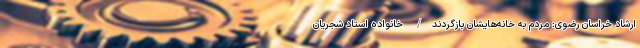
ارشاد خراسان رضوی: مردم به خانه‌هایشان بازگردند/ خانواده استاد شجریان